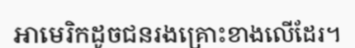
អាមេរិកដូចជនរងគ្រោះខាងលើដែរ។